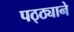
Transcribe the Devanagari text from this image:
पठ्ठ्याने